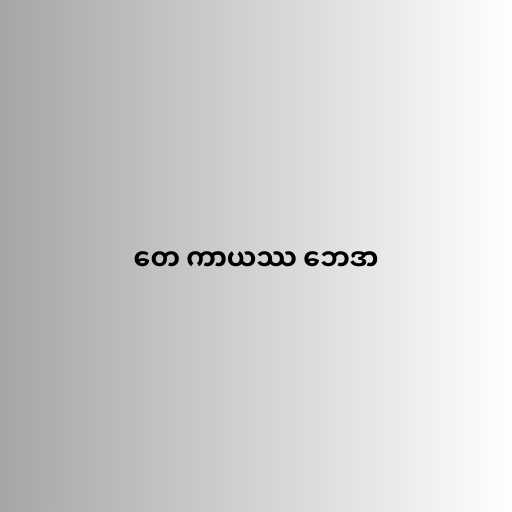
တေ ကာယဿ ဘေဒာ